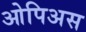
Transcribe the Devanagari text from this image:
ओपिअस